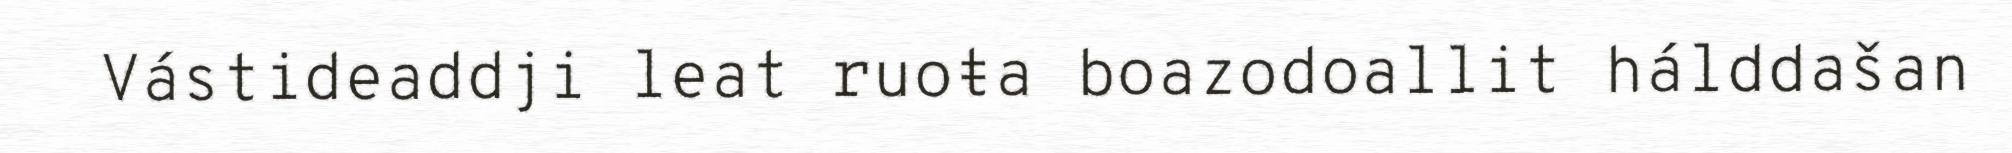
Vástideaddji leat ruoŧa boazodoallit hálddašan